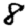
Digit: 8